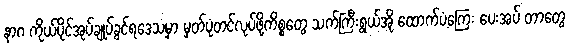
နာဂ ကိုယ်ပိုင်အုပ်ချုပ်ခွင်ရဒေသမှာ မှတ်ပုံတင်လုပ်ဖို့ကိစ္စတွေ သက်ကြီးရွယ်အို ထောက်ပံ့ကြေး ပေးအပ် တာတွေ